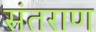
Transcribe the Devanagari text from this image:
संतराण